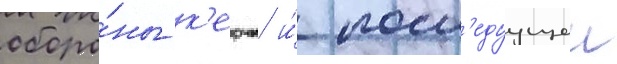
оборо́ны к'ерчи и́ посл'едуущеи